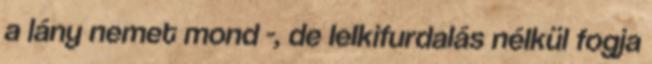
a lány nemet mond -, de lelkifurdalás nélkül fogja